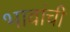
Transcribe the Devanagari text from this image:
भावांची